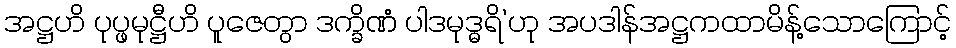
အဋ္ဌဟိ ပုပ္ဖမုဋ္ဌီဟိ ပူဇေတွာ ဒက္ခိဏံ ပါဒမုဒ္ဓရိ’ဟု အပဒါန်အဋ္ဌကထာမိန့်သောကြောင့်